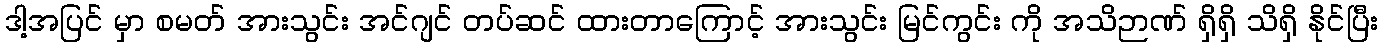
ဒါ့အပြင် မှာ စမတ် အားသွင်း အင်ဂျင် တပ်ဆင် ထားတာကြောင့် အားသွင်း မြင်ကွင်း ကို အသိဉာဏ် ရှိရှိ သိရှိ နိုင်ပြီး